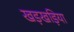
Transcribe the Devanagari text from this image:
खड़खड़िया